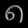
Digit: ၈